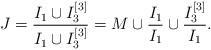
LaTeX: \begin{align*}J = \frac{I_1 \cup I_3^{[3]}}{I_1 \cup I_3^{[3]}} = M \cup \frac{I_1}{I_1} \cup \frac{I_3^{[3]}}{I_1}.\end{align*}